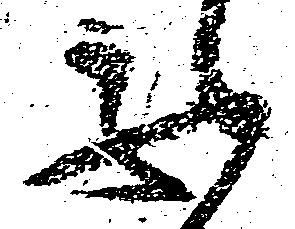
不